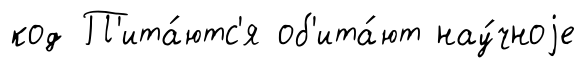
код П'ита́ютс'я об'ита́ют нау́чноjе